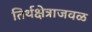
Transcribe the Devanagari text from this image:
तिर्थक्षेत्राजवळ